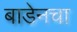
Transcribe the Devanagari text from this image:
बाडेनचा